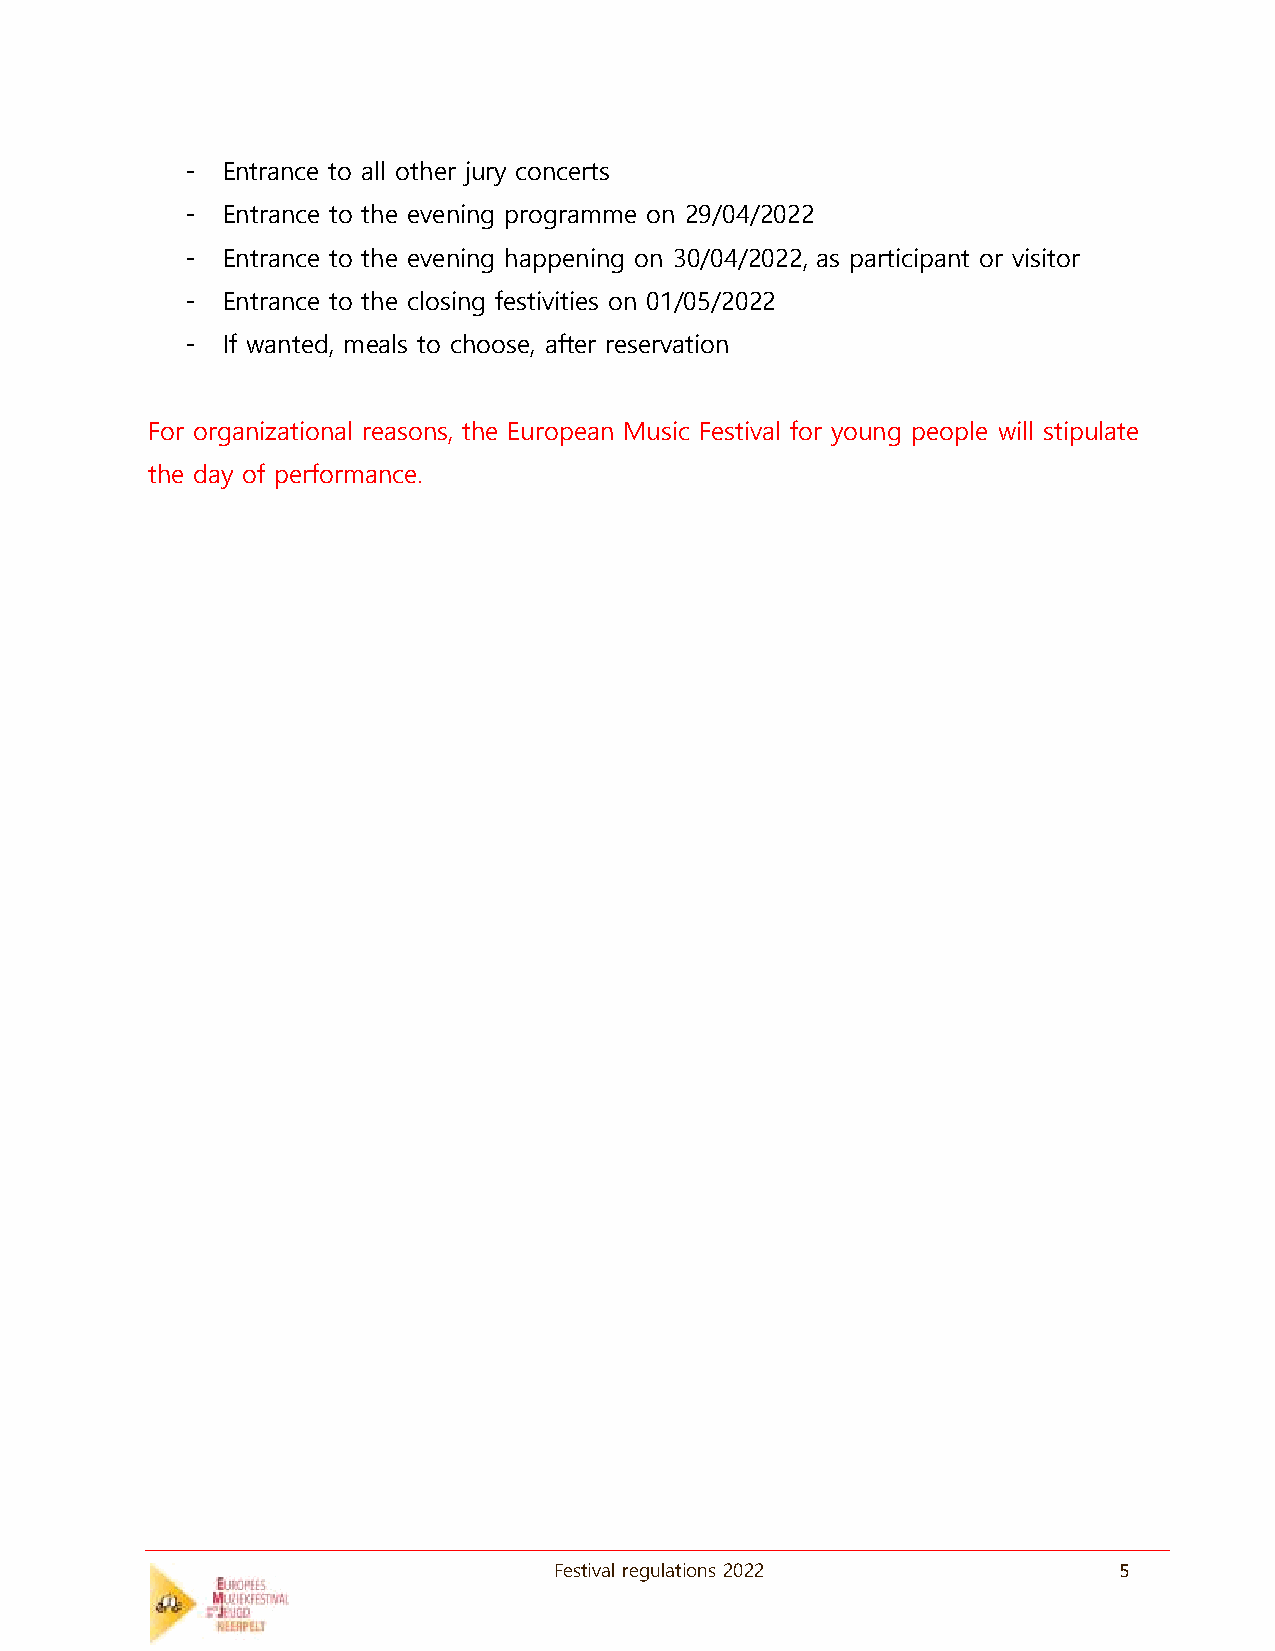
-  Entrance to all other jury concerts
 -  Entrance to the evening programme on 29/04/2022
 -  Entrance to the evening happening on 30/04/2022, as participant or visitor
 -  Entrance to the closing festivities on 01/05/2022
 -  If wanted, meals to choose, after reservation
 For organizational reasons, the European Music Festival for young people will stipulate
 the day of performance.
 Festival regulations 2022            5